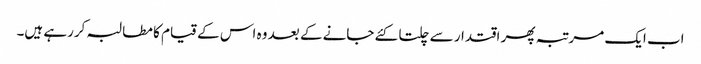
اب ایک مرتبہ پھر اقتدار سے چلتا کئے جانے کے بعد وہ اس کے قیام کا مطالبہ کررہے ہیں۔